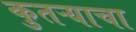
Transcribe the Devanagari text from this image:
कुतऱ्याचा